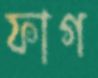
ফাগ